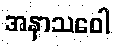
အနာသဝေါ